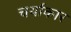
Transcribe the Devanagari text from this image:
चर्याकार